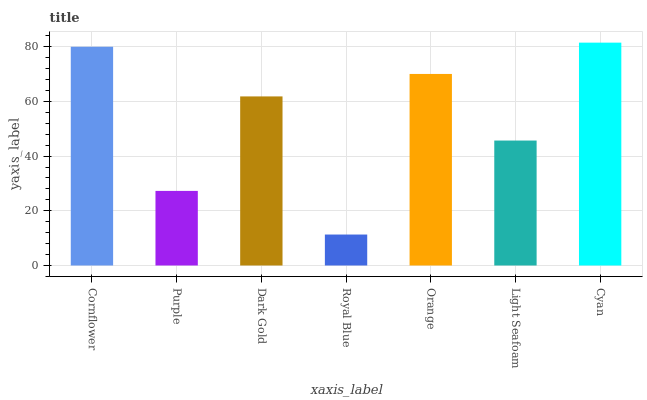
| xaxis_label | bars |
 | --- | --- |
 | Cornflower | 80 |
 | Purple | 27.3 |
 | Dark Gold | 61.8 |
 | Royal Blue | 11.3 |
 | Orange | 70 |
 | Light Seafoam | 45.7 |
 | Cyan | 81.5 |